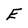
Character: E